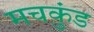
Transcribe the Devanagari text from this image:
मचकुंड